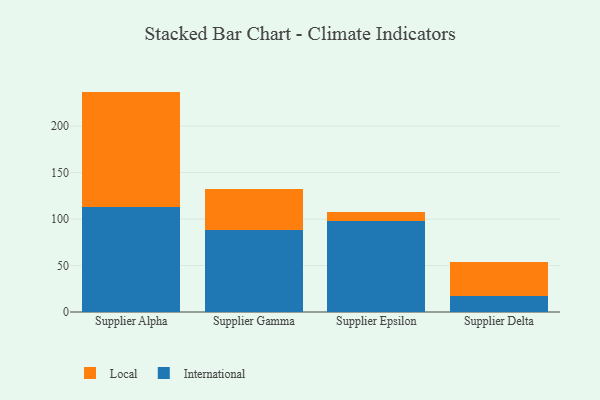
{"axis": {"x": "Supplier", "y": "Demand Index"}, "legend": ["International", "Local"], "data": [{"x": "Supplier Alpha", "y": 112.6, "type": "International"}, {"x": "Supplier Alpha", "y": 124.6, "type": "Local"}, {"x": "Supplier Gamma", "y": 87.8, "type": "International"}, {"x": "Supplier Gamma", "y": 44.1, "type": "Local"}, {"x": "Supplier Epsilon", "y": 98.2, "type": "International"}, {"x": "Supplier Epsilon", "y": 9.1, "type": "Local"}, {"x": "Supplier Delta", "y": 17.2, "type": "International"}, {"x": "Supplier Delta", "y": 36.9, "type": "Local"}]}